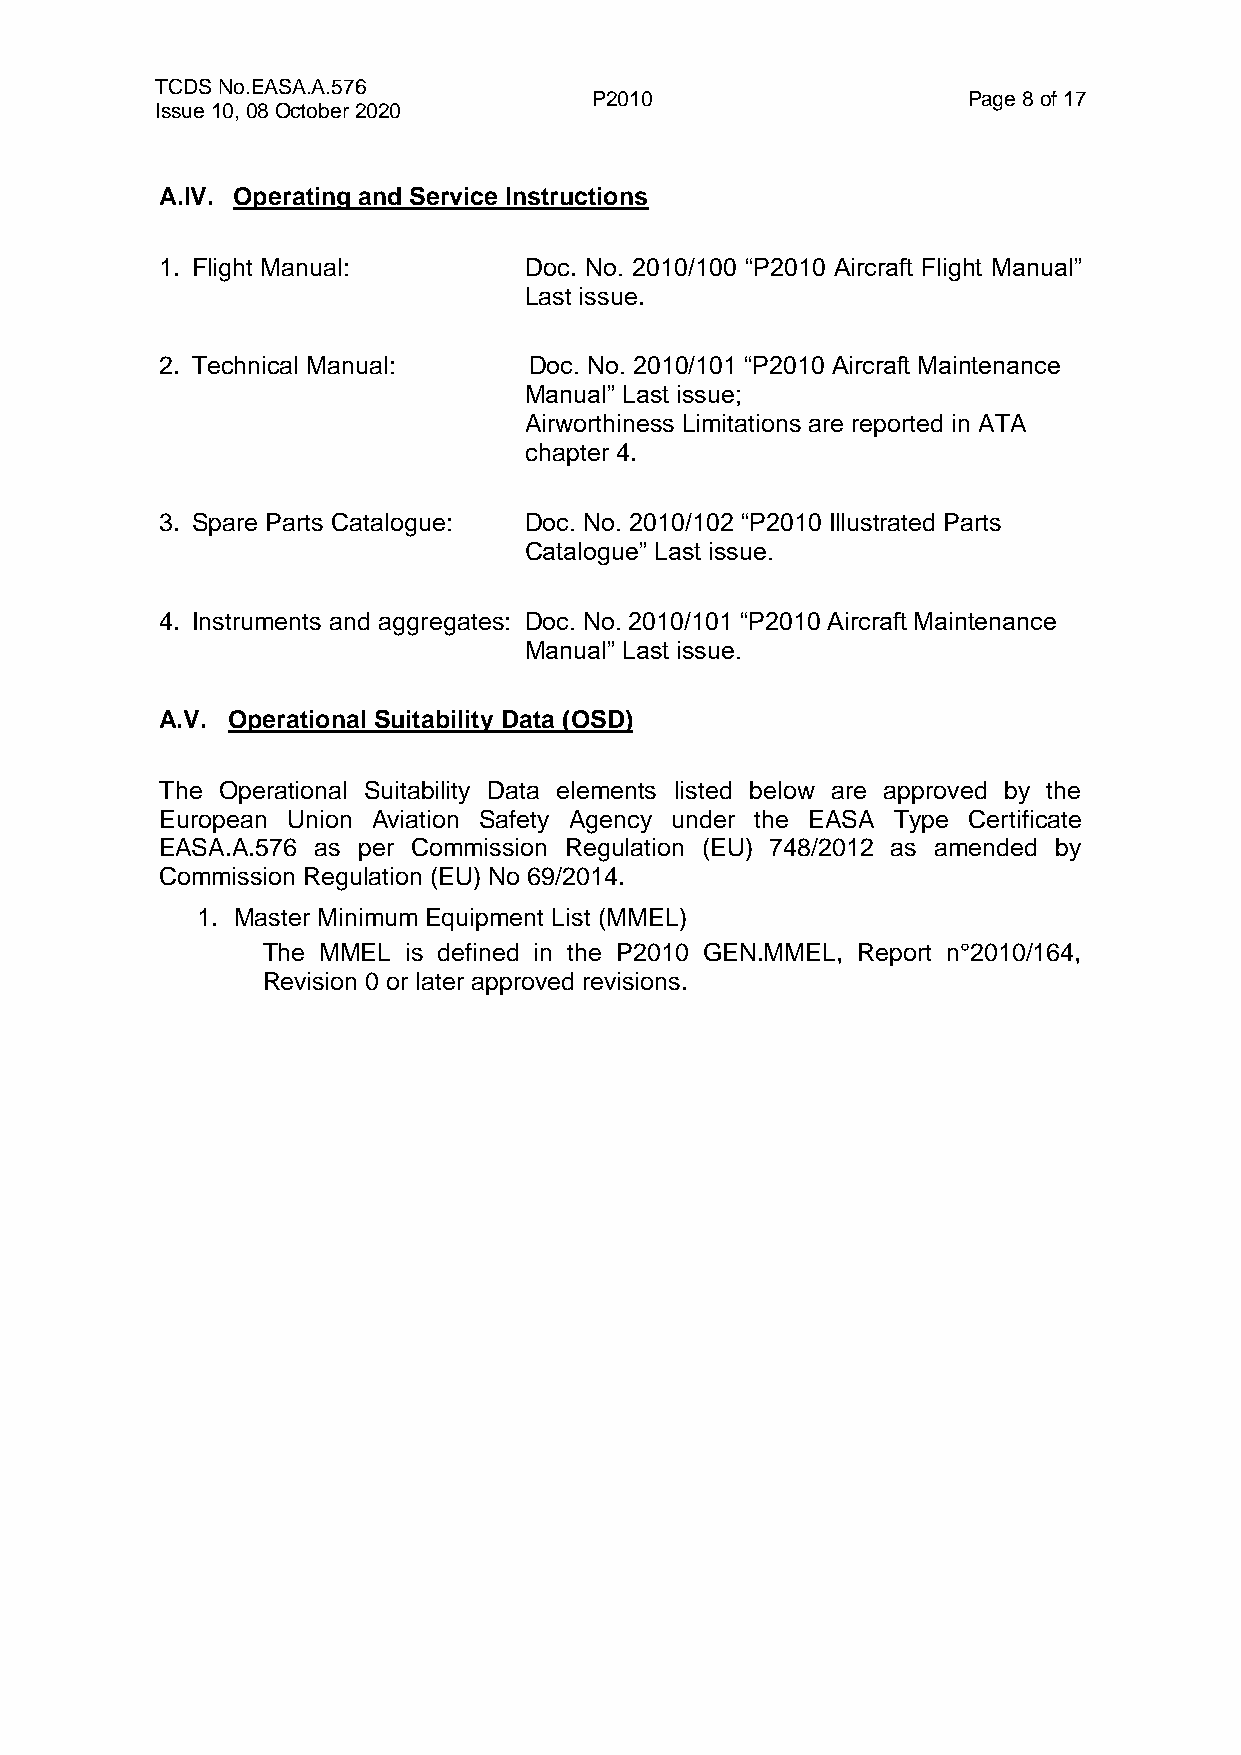
TCDS No.EASA.A.576
 P2010                    Page 8 of 17
 Issue 10, 08 October 2020
 A.IV. Operating and Service Instructions
 1. Flight Manual:       Doc. No. 2010/100 “P2010 Aircraft Flight Manual”
 Last issue.
 2. Technical Manual:    Doc. No. 2010/101 “P2010 Aircraft Maintenance
 Manual” Last issue;
 Airworthiness Limitations are reported in ATA
 chapter 4.
 3. Spare Parts Catalogue: Doc. No. 2010/102 “P2010 Illustrated Parts
 Catalogue” Last issue.
 4. Instruments and aggregates: Doc. No. 2010/101 “P2010 Aircraft Maintenance
 Manual” Last issue.
 A.V. Operational Suitability Data (OSD)
 The Operational Suitability Data elements listed below are approved by the
 European Union Aviation Safety Agency under the EASA Type Certificate
 EASA.A.576 as per Commission Regulation (EU) 748/2012 as amended by
 Commission Regulation (EU) No 69/2014.
 1. Master Minimum Equipment List (MMEL)
 The MMEL  is defined in the P2010 GEN.MMEL, Report n°2010/164,
 Revision 0 or later approved revisions.